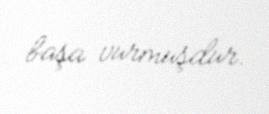
başa vurmuşdur.